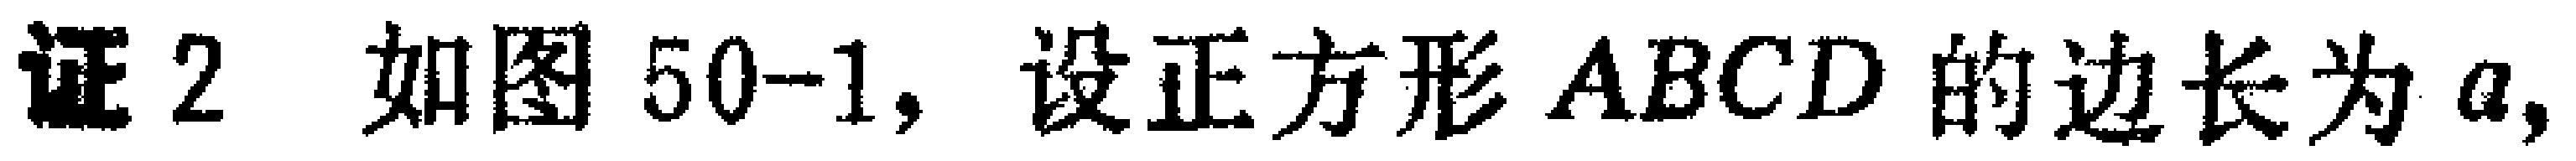
证2 如图50-1, 设正方形 \(ABCD\) 的边长为 \(a\),